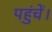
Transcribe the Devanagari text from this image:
पहुंचें।